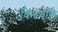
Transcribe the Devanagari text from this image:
किदवन्ति